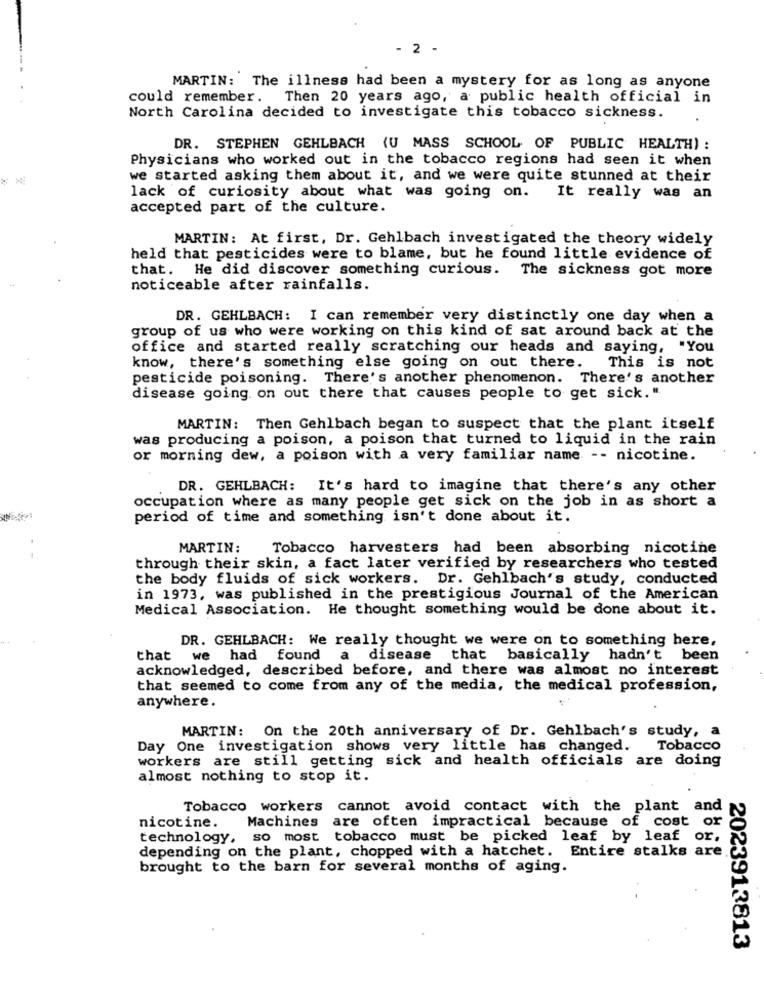
- 2 -
MARTIN: The illness had been a mystery for as long as anyone
could remember. Then 20 years ago, a public health official in
North Carolina decided to investigate this tobacco sickness.
DR. STEPHEN GEHLBACH (U MASS SCHOOL OF PUBLIC HEALTH) :
Physicians who worked out in the tobacco regions had seen it when
we started asking them about it, and we were quite stunned at their
lack of curiosity about what was going on.
It really was an
accepted part of the culture.
MARTIN: At first, Dr. Gehlbach investigated the theory widely
held that pesticides were to blame, but he found little evidence of
that. He did discover something curious. The sickness got more
noticeable after rainfalls.
DR. GEHLBACH: I can remember very distinctly one day when a
group of us who were working on this kind of sat around back at the
office and started really scratching our heads and saying, "You
know, there's something else going on out there. This is not
pesticide poisoning. There's another phenomenon. There's another
disease going on out there that causes people to get sick."
MARTIN: Then Gehlbach began to suspect that the plant itself
was producing a poison, a poison that turned to liquid in the rain
or morning dew, a poison with a very familiar name -- nicotine.
DR. GEHLBACH: It's hard to imagine that there's any other
occupation where as many people get sick on the job in as short a
period of time and something isn't done about it.
MARTIN:
Tobacco harvesters had been absorbing nicotine
through their skin, a fact later verified by researchers who tested
the body fluids of sick workers. Dr. Gehlbach's study, conducted
in 1973, was published in the prestigious Journal of the American
Medical Association. He thought something would be done about it.
DR. GEHLBACH: We really thought we were on to something here,
that we had found a
disease that basically hadn't been
acknowledged, described before, and there was almost no interest
that seemed to come from any of the media, the medical profession,
anywhere.
MARTIN: On the 20th anniversary of Dr. Gehlbach's study, a
Day One investigation shows very little has changed.
Tobacco
workers are still getting sick and health officials are doing
almost nothing to stop it.
Tobacco workers cannot avoid contact with the plant and
nicotine. Machines are often impractical because of cost or
technology, so most tobacco must be picked leaf by leaf or.
depending on the plant, chopped with a hatchet. Entire stalks are
brought to the barn for several months of aging.
2023913813